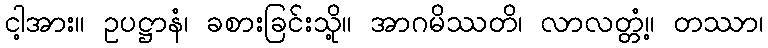
ငါ့အား။ ဥပဋ္ဌာနံ၊ ခစားခြင်းသို့။ အာဂမိဿတိ၊ လာလတ္တံ့။ တဿာ၊